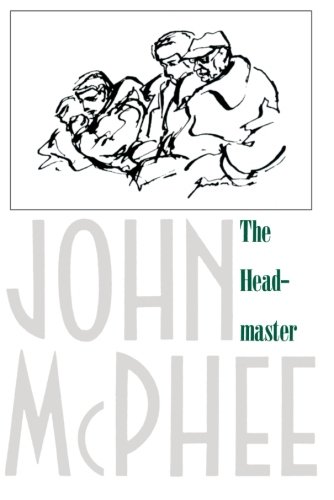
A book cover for The Headmaster: Frank L. Boyden of Deerfield; John McPhee; Biographies & Memoirs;